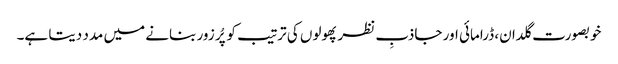
خوبصورت گلدان، ڈرامائی اور جاذبِ نظر پھولوں کی ترتیب کو پُر زور بنانے میں مدد دیتا ہے۔